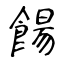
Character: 餳